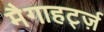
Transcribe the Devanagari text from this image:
मैगाहर्ट्ज़